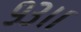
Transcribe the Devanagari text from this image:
९३।।